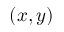
( x , y )